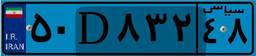
۵۰D۸۳۲۴۸